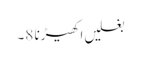
بغلیں اکھیڑنا 8۔